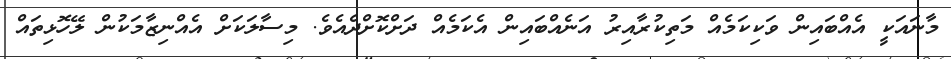
މާނައަކީ އެއްބައިން ވަކިކަމެއް މަތިކުރާއިރު އަނެއްބައިން އެކަމެއް ދަށްކޮށްދެއެވެ. މިސާލަކަށް އެއްނިޒާމަކުން ލޭހޮޅިތައް